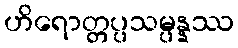
ဟိရောတ္တပ္ပသမ္ပန္နဿ